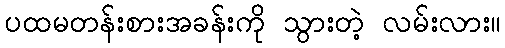
ပထမတန်းစားအခန်းကို သွားတဲ့ လမ်းလား။